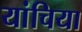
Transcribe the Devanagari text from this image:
यांचिया